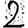
Digit: 2